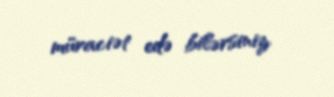
müraciət edə bilərsiniz.